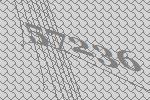
57236